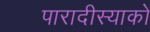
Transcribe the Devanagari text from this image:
पारादीस्याको